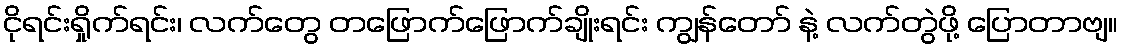
ငိုရင်းရှိုက်ရင်း၊ လက်တွေ တဖြောက်ဖြောက်ချိုးရင်း ကျွန်တော် နဲ့ လက်တွဲဖို့ ပြောတာဗျ။